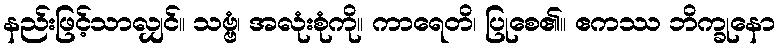
နည်းဖြင့်သာလျှင်။ သဗ္ဗံ၊ အလုံးစုံကို။ ကာရေတိ၊ ပြုစေ၏။ ဧကဿ ဘိက္ခုနော